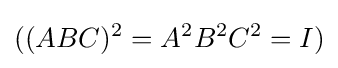
((ABC)^{2}=A^{2}B^{2}C^{2}=I)